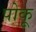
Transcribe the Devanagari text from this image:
पोकू